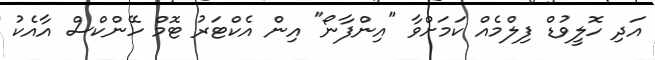
އަދި ހޮލީވުޑް ފިލްމެއް ކަމަށްވާ "އިންފާނޯ" އިން އެކްޓަަރު ޓޮމް ހޭންކްސް އާއެކު